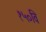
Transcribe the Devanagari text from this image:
१५०वि